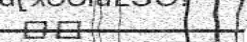
٣٧